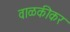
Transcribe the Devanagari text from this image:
वाळकीकर